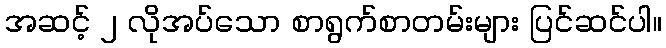
အဆင့် ၂ လိုအပ်သော စာရွက်စာတမ်းများ ပြင်ဆင်ပါ။